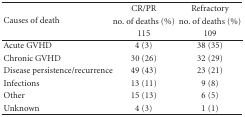
<table><thead><tr><td rowspan="3"><b> Causes of death</b></td><td><b>CR/PR</b></td><td><b>Refractory</b></td></tr><tr><td><b>no. of deaths (%)</b></td><td><b>no. of deaths (%)</b></td></tr><tr><td><b>115</b></td><td><b>109</b></td></tr></thead><tbody><tr><td>Acute GVHD</td><td>4 (3)</td><td>38 (35)</td></tr><tr><td>Chronic GVHD</td><td>30 (26)</td><td>32 (29)</td></tr><tr><td>Disease persistence/recurrence</td><td>49 (43)</td><td>23 (21)</td></tr><tr><td>Infections</td><td>13 (11)</td><td>9 (8)</td></tr><tr><td>Other</td><td>15 (13)</td><td>6 (5)</td></tr><tr><td>Unknown</td><td>4 (3)</td><td>1 (1)</td></tr></tbody></table>